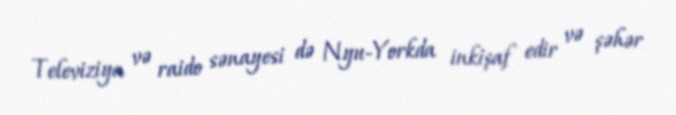
Televiziya və raido sənayesi də Nyu-Yorkda inkişaf edir və şəhər